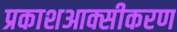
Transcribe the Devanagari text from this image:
प्रकाशआक्सीकरण